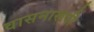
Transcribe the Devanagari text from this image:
वासनारूपी